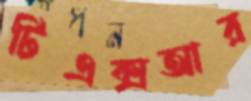
টিএক্সআর